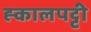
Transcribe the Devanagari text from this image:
ह्कालपट्टी